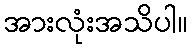
အားလုံးအသိပါ။